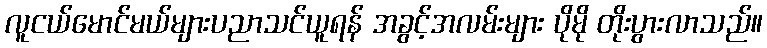
လူငယ်မောင်မယ်များပညာသင်ယူရန် အခွင့်အလမ်းများ ပိုမို တိုးပွားလာသည်။